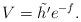
LaTeX: \begin{align*}V=\tilde{h'} e^{-f}.\end{align*}